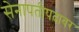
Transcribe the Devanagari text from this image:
सेनापतीपदावर